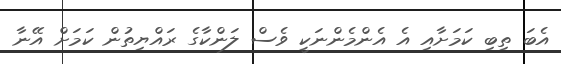
އެބަ ތިބި ކަމަށާއި އެ އެންމެންނަކީ ވެސް ލަންކާގެ ރައްޔިތުން ކަމަށް އޭނާ